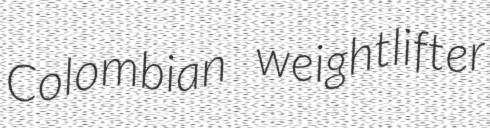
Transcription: Colombian weightlifter